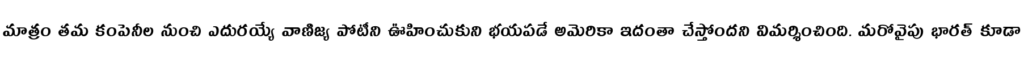
మాత్రం తమ కంపెనీల నుంచి ఎదురయ్యే వాణిజ్య పోటీని ఊహించుకుని భయపడే అమెరికా ఇదంతా చేస్తోందని విమర్శించింది. మరోవైపు భారత్ కూడా